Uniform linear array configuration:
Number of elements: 24
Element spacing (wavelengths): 0.5
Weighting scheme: hamming
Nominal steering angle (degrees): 15
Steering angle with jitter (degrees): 15.91
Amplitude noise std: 0.05
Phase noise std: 0.05

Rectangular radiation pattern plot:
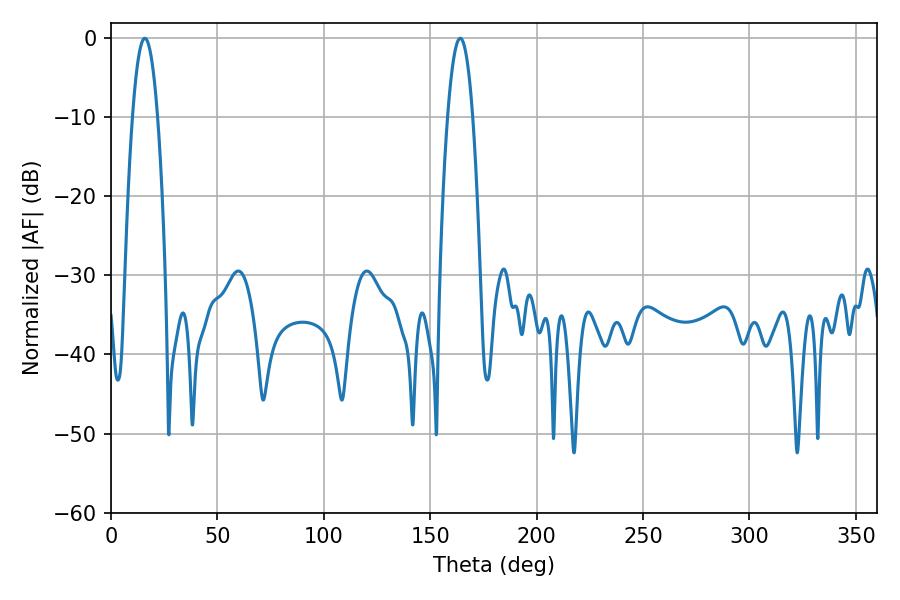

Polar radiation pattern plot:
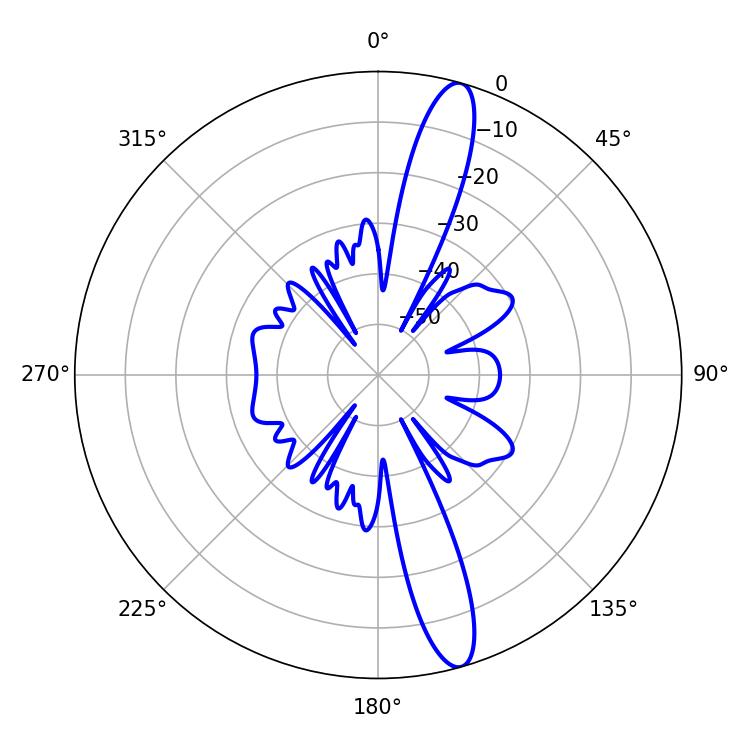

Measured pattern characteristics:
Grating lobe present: FALSE
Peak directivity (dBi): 14.733
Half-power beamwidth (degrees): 6.48
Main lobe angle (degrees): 15.84